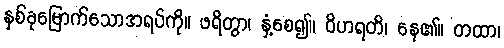
နှစ်ခုမြောက်သောအရပ်ကို။ ဖရိတွာ၊ နှံ့စေ၍။ ဝိဟရတိ၊ နေ၏။ တထာ၊